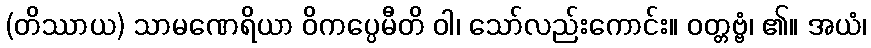
(တိဿာယ) သာမဏေရိယာ ဝိကပ္ပေမီတိ ဝါ၊ သော်လည်းကောင်း။ ဝတ္တဗ္ဗံ၊ ၏။ အယံ၊